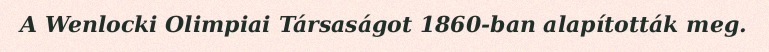
A Wenlocki Olimpiai Társaságot 1860-ban alapították meg.